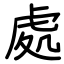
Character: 處